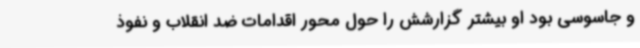
و جاسوسی بود او بیشتر گزارشش را حول محور اقدامات ضد انقلاب و نفوذ